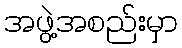
အဖွဲ့အစည်းမှာ